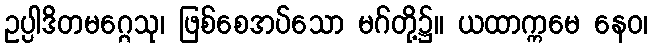
ဥပ္ပါဒိတမဂ္ဂေသု၊ ဖြစ်စေအပ်သော မဂ်တို့၌။ ယထာက္ကမေ နေဝ၊